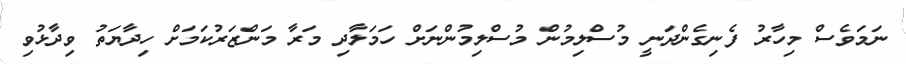
ނަމަވެސް މިހާރު ފެނިގެންދަނީ މުސްލިމުން މުސްލިމުންނަށް ހަމަލާދި މަރާ މަންޒަރުކަމަށް ހިދާޔަތު ވިދާޅުވި